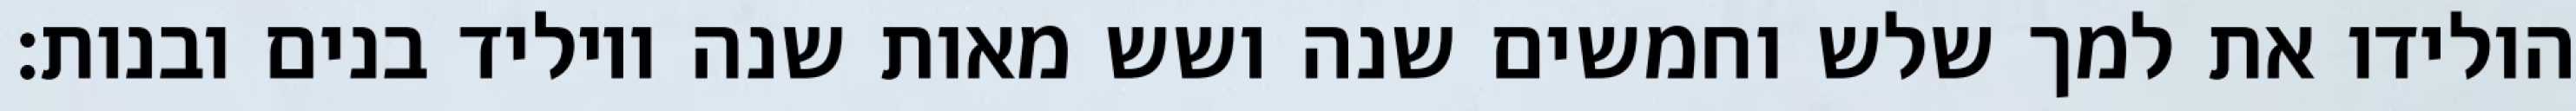
הולידו את למך שלש וחמשים שנה ושש מאות שנה ויוליד בנים ובנות׃